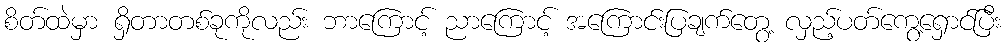
စိတ်ထဲမှာ ရှိတာတစ်ခုကိုလည်း ဘာကြောင့် ညာကြောင့် အကြောင်းပြချက်တွေ့ လှည့်ပတ်ကွေ့ရှောင်ပြီး